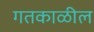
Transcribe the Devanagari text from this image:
गतकाळील